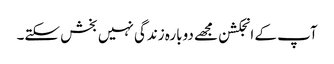
آپ کے انجکشن مجھے دوبارہ زندگی نہیں بخش سکتے۔